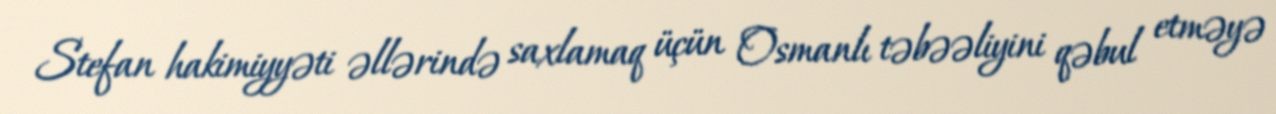
Stefan hakimiyyəti əllərində saxlamaq üçün Osmanlı təbəəliyini qəbul etməyə